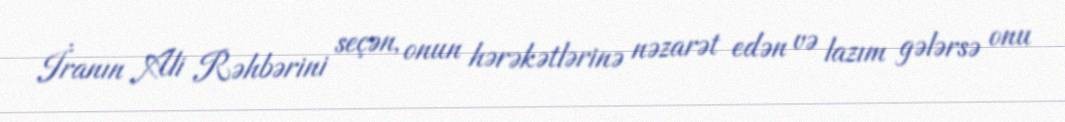
İranın Ali Rəhbərini seçən, onun hərəkətlərinə nəzarət edən və lazım gələrsə onu